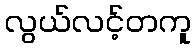
လွယ်လင့်တကူ